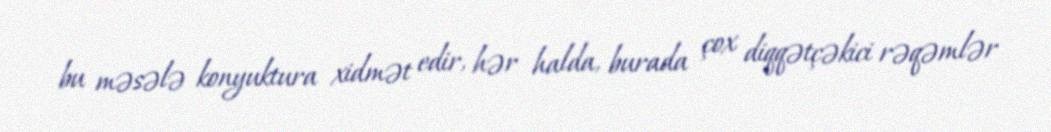
bu məsələ konyuktura xidmət edir, hər halda, burada çox diqqətçəkici rəqəmlər